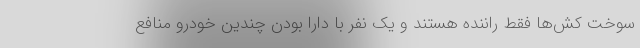
سوخت کش‌ها فقط راننده هستند و یک نفر با دارا بودن چندین خودرو منافع